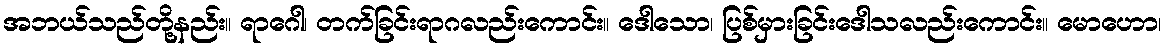
အဘယ်သည်တို့နည်း။ ရာဂေါ၊ တက်ခြင်းရာဂလည်းကောင်း။ ဒေါသော၊ ပြစ်မှားခြင်းဒေါသလည်းကောင်း။ မောဟော၊